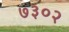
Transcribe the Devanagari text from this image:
७३०२